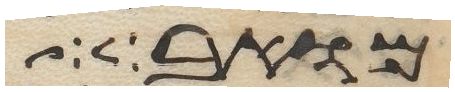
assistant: קמואל